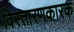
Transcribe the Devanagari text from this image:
विस्तारणकारक